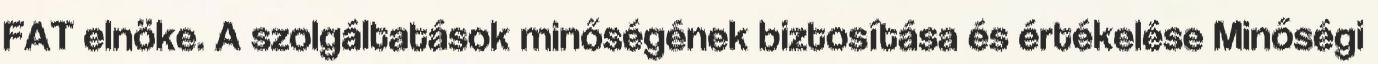
FAT elnöke. A szolgáltatások minőségének biztosítása és értékelése Minőségi